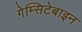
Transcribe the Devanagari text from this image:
गेम्सिटेबाइन